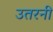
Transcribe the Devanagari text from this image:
उतरनी